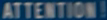
ATTENTION!